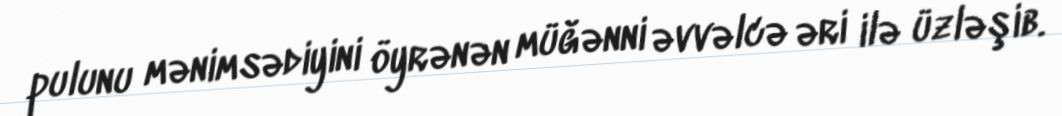
pulunu mənimsədiyini öyrənən müğənni əvvəlcə əri ilə üzləşib.